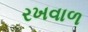
રખવાળ